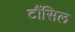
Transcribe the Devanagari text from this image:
टौंसिल